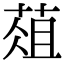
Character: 葅